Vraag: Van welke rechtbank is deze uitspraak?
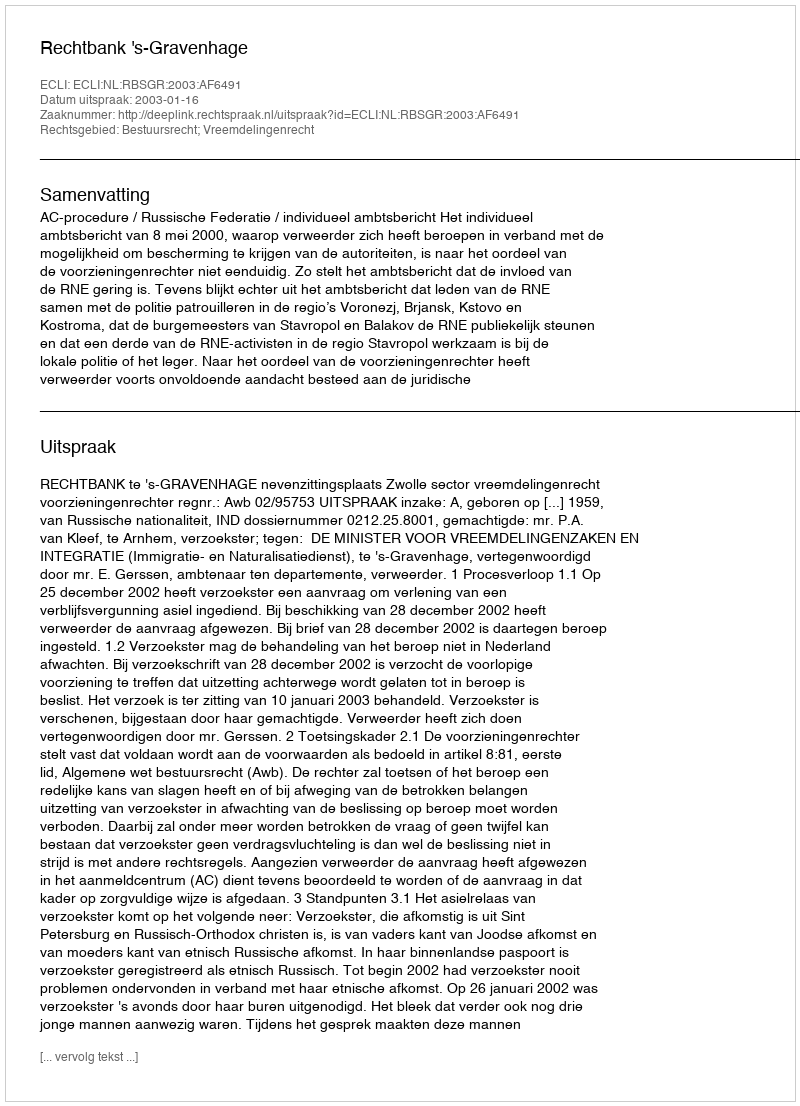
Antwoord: Rechtbank 's-Gravenhage